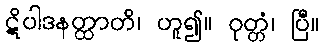
ဋိပါဒနတ္ထာတိ၊ ဟူ၍။ ဝုတ္တံ၊ ပြီ။